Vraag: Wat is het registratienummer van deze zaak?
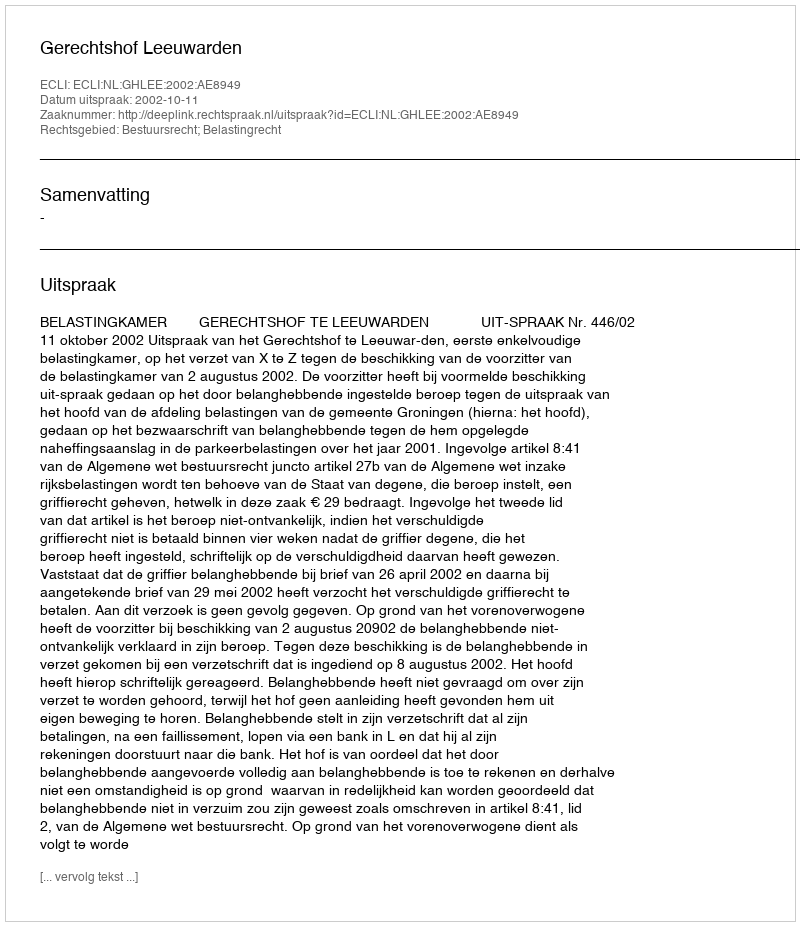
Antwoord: http://deeplink.rechtspraak.nl/uitspraak?id=ECLI:NL:GHLEE:2002:AE8949